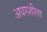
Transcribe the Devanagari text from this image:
अधरशीला